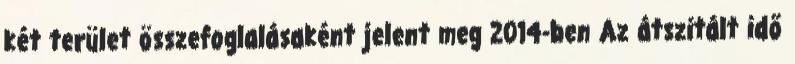
két terület összefoglalásaként jelent meg 2014-ben Az átszitált idő